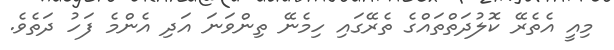
މިއީ އެތެރޭ ކޮލުދަތްތައްގެ ތެރޭގައި ހިމެނޭ ތިންވަނަ އަދި އެންމެ ފަހު ދަތެވެ.